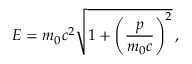
E = m _ { 0 } c ^ { 2 } { \sqrt { 1 + \left( { \frac { p } { m _ { 0 } c } } \right) ^ { 2 } } } \, ,